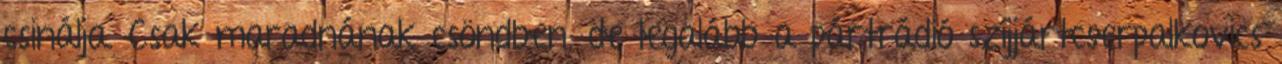
csinálja. Csak maradnának csöndben, de legalább a pártrádió szíjjártcserpalkovics